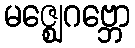
မဇ္ဈေဂဗ္ဘော